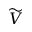
\widetilde { V }